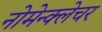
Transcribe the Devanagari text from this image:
नोमेन्क्लेचर